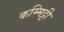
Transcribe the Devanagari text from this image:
कम्मिट्टी